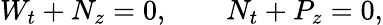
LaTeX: W_{t}+N_{z}=0,\qquad N_{t}+P_{z}=0,